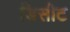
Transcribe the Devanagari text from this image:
डिसीट